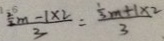
\frac { \frac { 2 } { 2 } m - 1 \times 2 } { 3 } = \frac { \frac { 1 } { 3 } m + 1 \times 2 } { 3 }